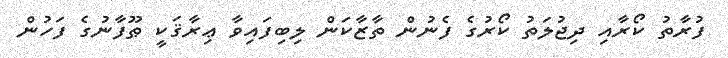
ފުރާތު ކޯރާއި ދިޖުލަތު ކޯރުގެ ފެނުން ތާޒާކަން ލިބިފައިވާ ޢިރާޤަކީ ޠޫފާނުގެ ފަހުން